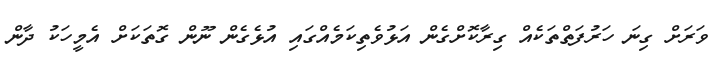
ވަރަށް ގިނަ ހަރުފަތްތަކެއް ގިރާކޮށްގެން އަޅުވެތިކަމެއްގައި އުޅެގެން ނޫން ގޮތަކަށް އެމީހަކު ދާން